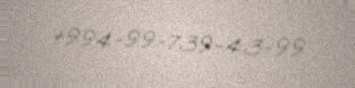
+994-99-739-43-99